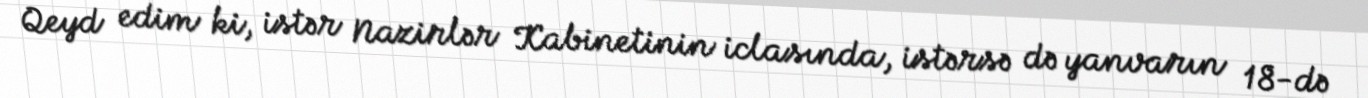
Qeyd edim ki, istər Nazirlər Kabinetinin iclasında, istərsə də yanvarın 18-də